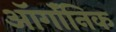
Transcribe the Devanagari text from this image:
ऑर्गॉनिक